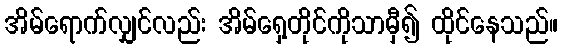
အိမ်ရောက်လျှင်လည်း အိမ်ရှေ့တိုင်ကိုသာမှီ၍ ထိုင်နေသည်။